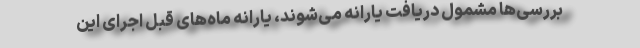
بررسی‌ها مشمول دریافت یارانه می‌شوند،‌ یارانه ماه‌های قبل اجرای این